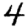
Digit: 4